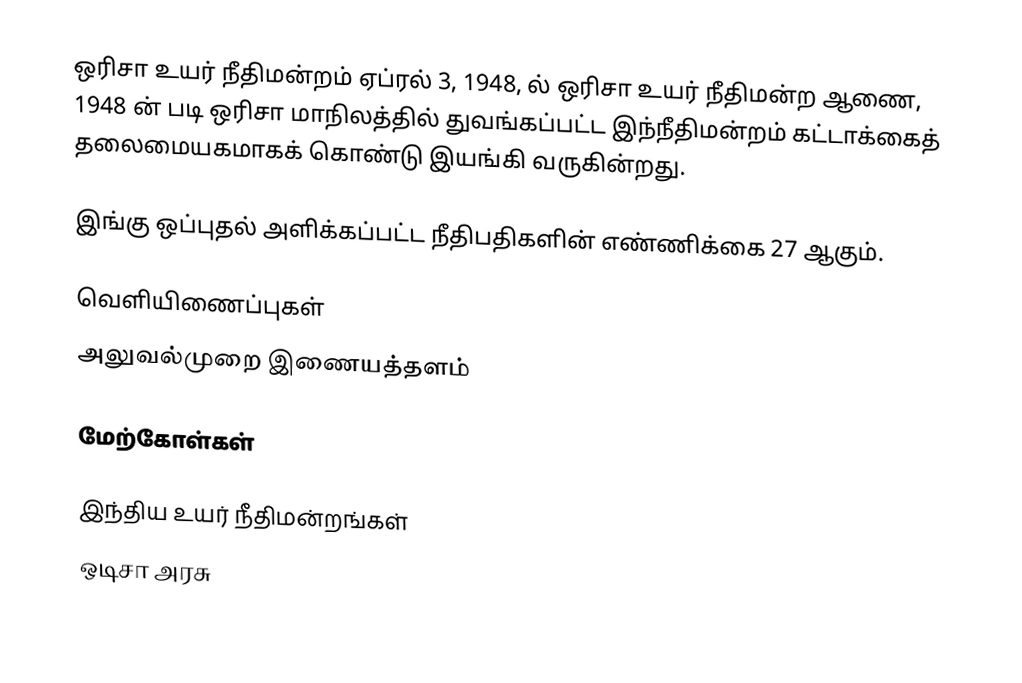
ஒரிசா உயர் நீதிமன்றம்  ஏப்ரல் 3, 1948, ல் ஒரிசா உயர் நீதிமன்ற ஆணை, 1948 ன் படி ஒரிசா மாநிலத்தில் துவங்கப்பட்ட இந்நீதிமன்றம் கட்டாக்கைத் தலைமையகமாகக் கொண்டு இயங்கி வருகின்றது.

இங்கு ஒப்புதல் அளிக்கப்பட்ட நீதிபதிகளின் எண்ணிக்கை 27 ஆகும்.

வெளியிணைப்புகள்
 அலுவல்முறை இணையத்தளம்

மேற்கோள்கள்

இந்திய உயர் நீதிமன்றங்கள்
ஒடிசா அரசு